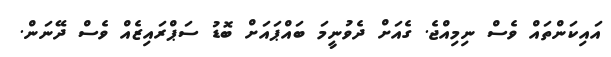
އައިކަންތައް ވެސް ނިމިއްޖެ. ގެއަށް ދެވުނީމަ ބައްޕައަށް ބޮޑު ސަޕްރައިޒެއް ވެސް ދޭނަން.